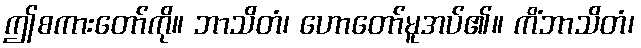
ဤစကားတော်ကို။ ဘာသိတံ၊ ဟောတော်မူအပ်၏။ ကိံဘာသိတံ၊